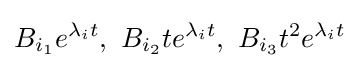
B_{i_{1}}e^{\lambda _{i}t},~B_{i_{2}}te^{\lambda _{i}t},~B_{i_{3}}t^{2}e^{\lambda _{i}t}